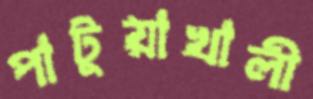
পাটুয়াখালী